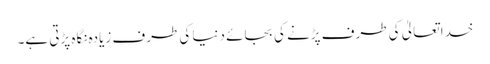
خدا تعالیٰ کی طرف پڑنے کی بجائے دنیا کی طرف زیادہ نگاہ پڑتی ہے۔